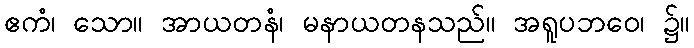
ဧကံ၊ သော။ အာယတနံ၊ မနာယတနသည်။ အရူပဘဝေ၊ ၌။